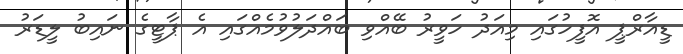
ޑީއާރްޕީ އޮފީހުގައި މިއަދު ހަވީރު ބޭއްވި ބައްދަލުވުމެއްގައި އެ ޕާޓީގެ ނައިބު ލީޑަރު